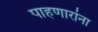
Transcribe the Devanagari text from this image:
पाहणारांना